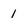
Character: 1